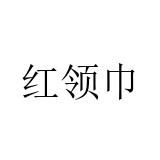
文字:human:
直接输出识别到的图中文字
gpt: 红领巾